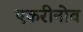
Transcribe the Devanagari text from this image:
एकरीनोव